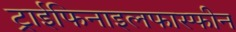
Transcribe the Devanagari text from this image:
ट्राईफिनाइलफास्फीन